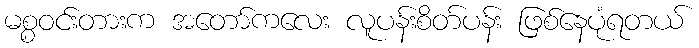
မစ္စဝင်းတားက အတော်ကလေး လူပန်းစိတ်ပန်း ဖြစ်နေပုံရတယ်